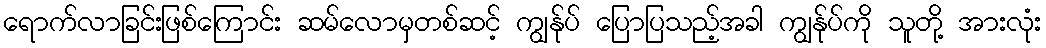
ရောက်လာခြင်းဖြစ်ကြောင်း ဆမ်လောမှတစ်ဆင့် ကျွန်ုပ် ပြောပြသည့်အခါ ကျွန်ုပ်ကို သူတို့ အားလုံး